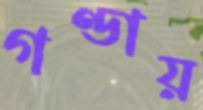
গণ্ডায়